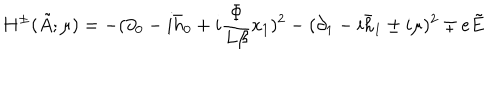
H ^ { \pm } ( \tilde { A } ; \mu ) = - ( \partial _ { 0 } - i \bar { h } _ { 0 } + i \frac { \Phi } { L \beta } x _ { 1 } ) ^ { 2 } - ( \partial _ { 1 } - i \bar { h } _ { 1 } \pm i \mu ) ^ { 2 } \mp e \tilde { E }